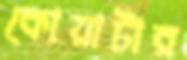
কোয়ার্টার